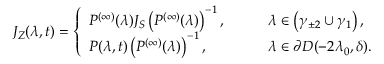
J _ { Z } ( \lambda , t ) = \left\{ \begin{array} { l l } { P ^ { ( \infty ) } ( \lambda ) J _ { S } \left( P ^ { ( \infty ) } ( \lambda ) \right) ^ { - 1 } , } & { \qquad \lambda \in \left( \gamma _ { \pm 2 } \cup \gamma _ { 1 } \right) , } \\ { P ( \lambda , t ) \left( P ^ { ( \infty ) } ( \lambda ) \right) ^ { - 1 } , } & { \qquad \lambda \in \partial D ( - 2 \lambda _ { 0 } , \delta ) . } \end{array} \right.